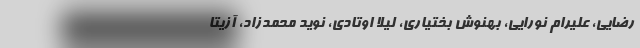
رضایی، علیرام نورایی، بهنوش بختیاری، لیلا اوتادی، نوید محمدزاد، آزیتا